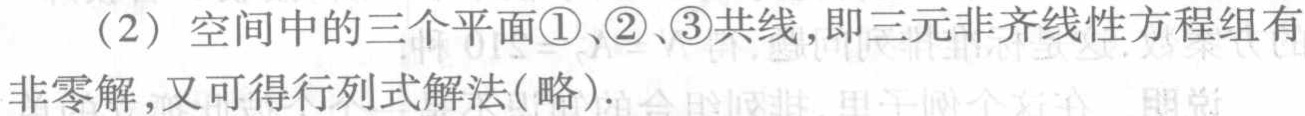
(2) 空间中的三个平面\textcircled{1}、\textcircled{2}、\textcircled{3}共线,即三元非齐线性方程组有非零解,又可得行列式解法(略).